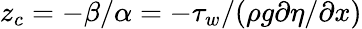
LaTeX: z_{c}=-\beta/\alpha=-\tau_{w}/(\rho g\partial\eta/\partial x)